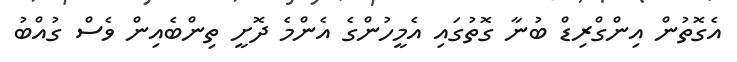
އެގޮތުން އިންގްރިޑް ބުނާ ގޮތުގައި އެމީހުންގެ އެންމެ ދޮށީ ތިންބެއިން ވެސް ގުއްބު